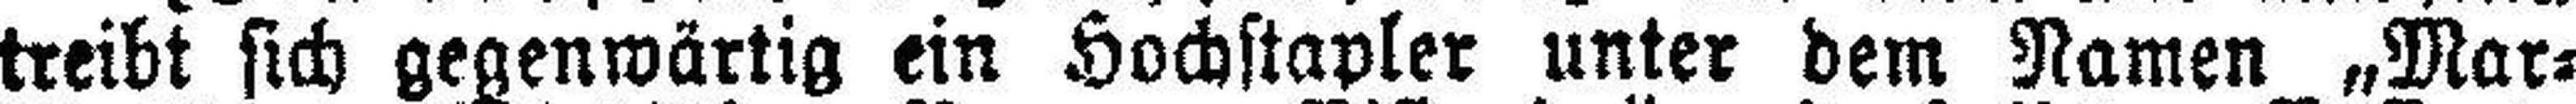
treibt sich gegenwärtig ein Hochstapler unter dem Namen „Mar¬